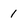
Character: 1